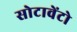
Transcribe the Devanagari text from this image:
सोटावेंटो